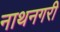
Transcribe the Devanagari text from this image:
नाथनगरी